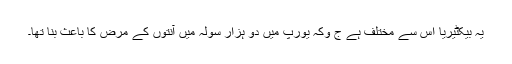
یہ بیکٹیریا اس سے مختلف ہے ج وکہ یورپ میں دو ہزار سولہ میں آنتوں کے مرض کا باعث بنا تھا۔